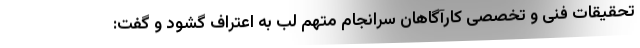
تحقیقات فنی و تخصصی کارآگاهان سرانجام متهم لب به اعتراف گشود و گفت: